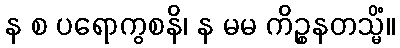
န စ ပရောကွစနိ၊ န မမ ကိဉ္စနတသ္မိံ။